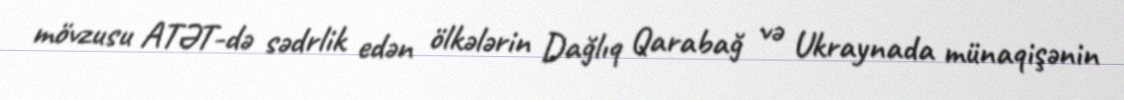
mövzusu ATƏT-də sədrlik edən ölkələrin Dağlıq Qarabağ və Ukraynada münaqişənin